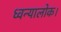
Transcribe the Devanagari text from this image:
ध्वन्यालोक।